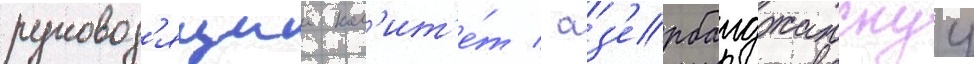
руковод'ящии ком'ит'е́т / аз'ербаиджанскуу